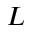
L